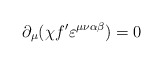
\begin{align*}\partial_{\mu}(\chi f^{\prime}\varepsilon^{\mu\nu\alpha\beta})=0 \end{align*}